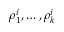
\rho _ { 1 } ^ { i } , \ldots , \rho _ { k } ^ { i }